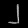
Digit: ၂